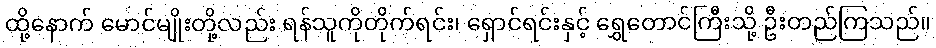
ထို့နောက် မောင်မျိုးတို့လည်း ရန်သူကိုတိုက်ရင်း၊ ရှောင်ရင်းနှင့် ရွှေတောင်ကြီးသို့ ဦးတည်ကြသည်။